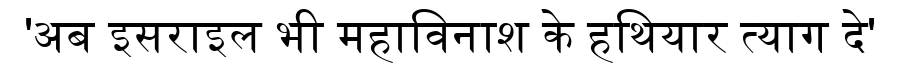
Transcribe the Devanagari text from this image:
'अब इसराइल भी महाविनाश के हथियार त्याग दे'